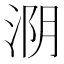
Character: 𰛺